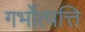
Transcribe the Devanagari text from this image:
गर्भोत्पत्ति